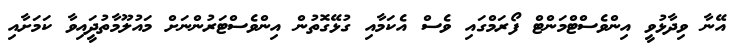
އޭނާ ވިދާޅުވީ އިންވެސްޓްމަންޓް ފޯރަމްގައި ވެސް އެކަމާއި ގުޅޭގޮތުން އިންވެސްޓަރުންނަށް މައުލޫމާތުދީައިވާ ކަމަށާއި